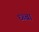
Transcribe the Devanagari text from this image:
ध्ब्बा